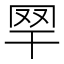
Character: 𦉻